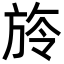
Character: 旍